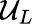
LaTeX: \mathcal{U}_{L}